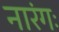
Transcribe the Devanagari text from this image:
नारंगः